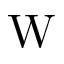
\mathrm { W }